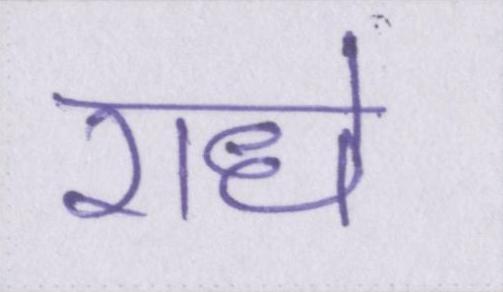
राधे